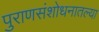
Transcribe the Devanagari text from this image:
पुराणसंशोधनातल्या